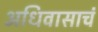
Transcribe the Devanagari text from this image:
अधिवासाचं